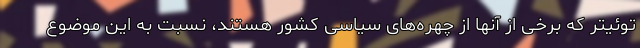
توئیتر که برخی از آنها از چهره‌های سیاسی کشور هستند، نسبت به این موضوع